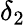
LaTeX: \delta_{2}